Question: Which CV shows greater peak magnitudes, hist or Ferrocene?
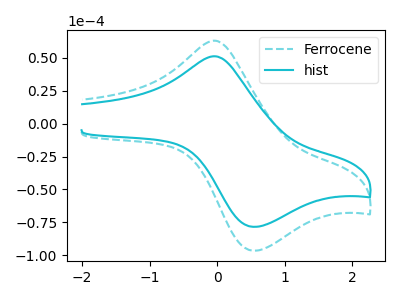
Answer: <think>The cyan dashed curve "Ferrocene" has an anodic peak at (-0.05V, 63.05uA) and a cathodic peak at (0.55V, -96.45uA). The cyan curve "hist" has an anodic peak at (-0.05V, 51.20uA) and a cathodic peak at (0.55V, -78.35uA).</think>
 <answer>Every peak in "hist" is lower than every peak in "Ferrocene".</answer>
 <eval>lower</eval>